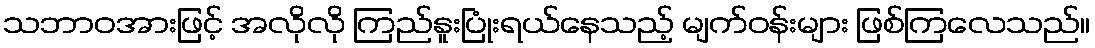
သဘာဝအားဖြင့် အလိုလို ကြည်နူးပြုံးရယ်နေသည့် မျက်ဝန်းများ ဖြစ်ကြလေသည်။